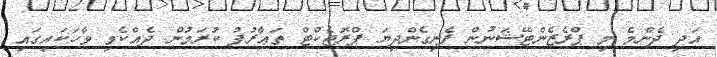
އަދި ދެންމެ މި ޕްރެޒެންޓޭޝަނުން ފެނިގެންދިޔަ ޕްރޮޖެކްޓް ތަޢާރުފު ކުރަމުން ދެއްކެވި ވާހަކައިގައި